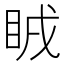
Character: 𥅜